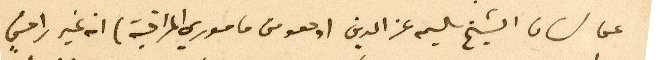
على لسان الشيخ سليم عز الدين (وهو من ماموري المراقبة) انه غير راضٍ